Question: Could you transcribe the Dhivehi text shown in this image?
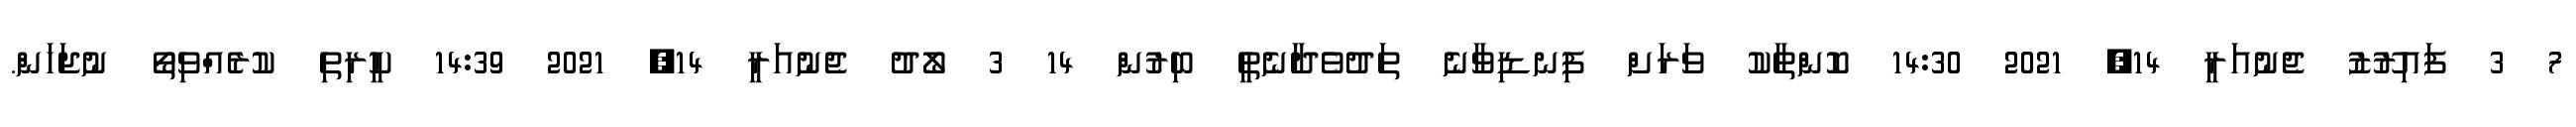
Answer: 7 3 ފައިރޫޒު ޖެނުއަރީ 14, 2021 14:30 ކޮންތާކު ވަރަށް ފިނޑިވާނެ ތަދުވެދާނެތީ ބިރުން 14 3 ލޯދު ޖެނުއަރީ 14, 2021 14:39 ކީރިތި ކުރެއްވިތޯ ނުޖަހަން.